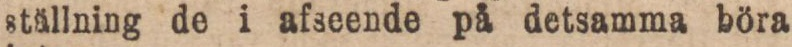
ställning de i afseende på detsamma böra